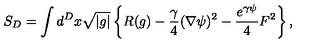
S _ { D } = \int d ^ { D } x \sqrt { | g | } \left\{ R ( g ) - \frac { \gamma } 4 ( \nabla \psi ) ^ { 2 } - \frac { e ^ { \gamma \psi } } 4 F ^ { 2 } \right\} ,